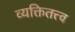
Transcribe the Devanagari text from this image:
व्यक्तितत्त्व